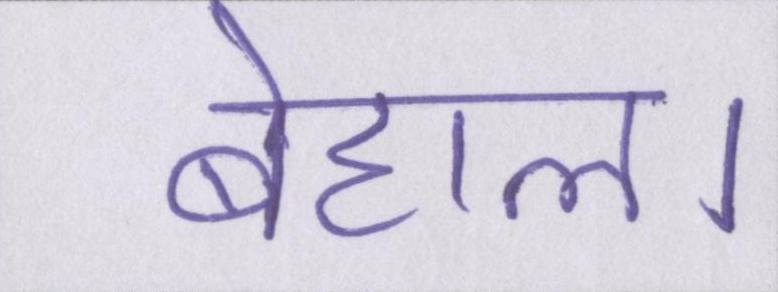
बेहाल।